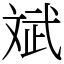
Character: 斌